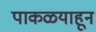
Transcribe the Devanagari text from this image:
पाकळयाहून